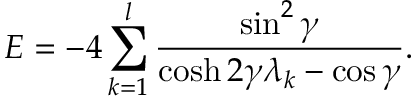
E = - 4 \sum _ { k = 1 } ^ { l } \frac { \sin ^ { 2 } \gamma } { \cosh 2 \gamma \lambda _ { k } - \cos \gamma } .